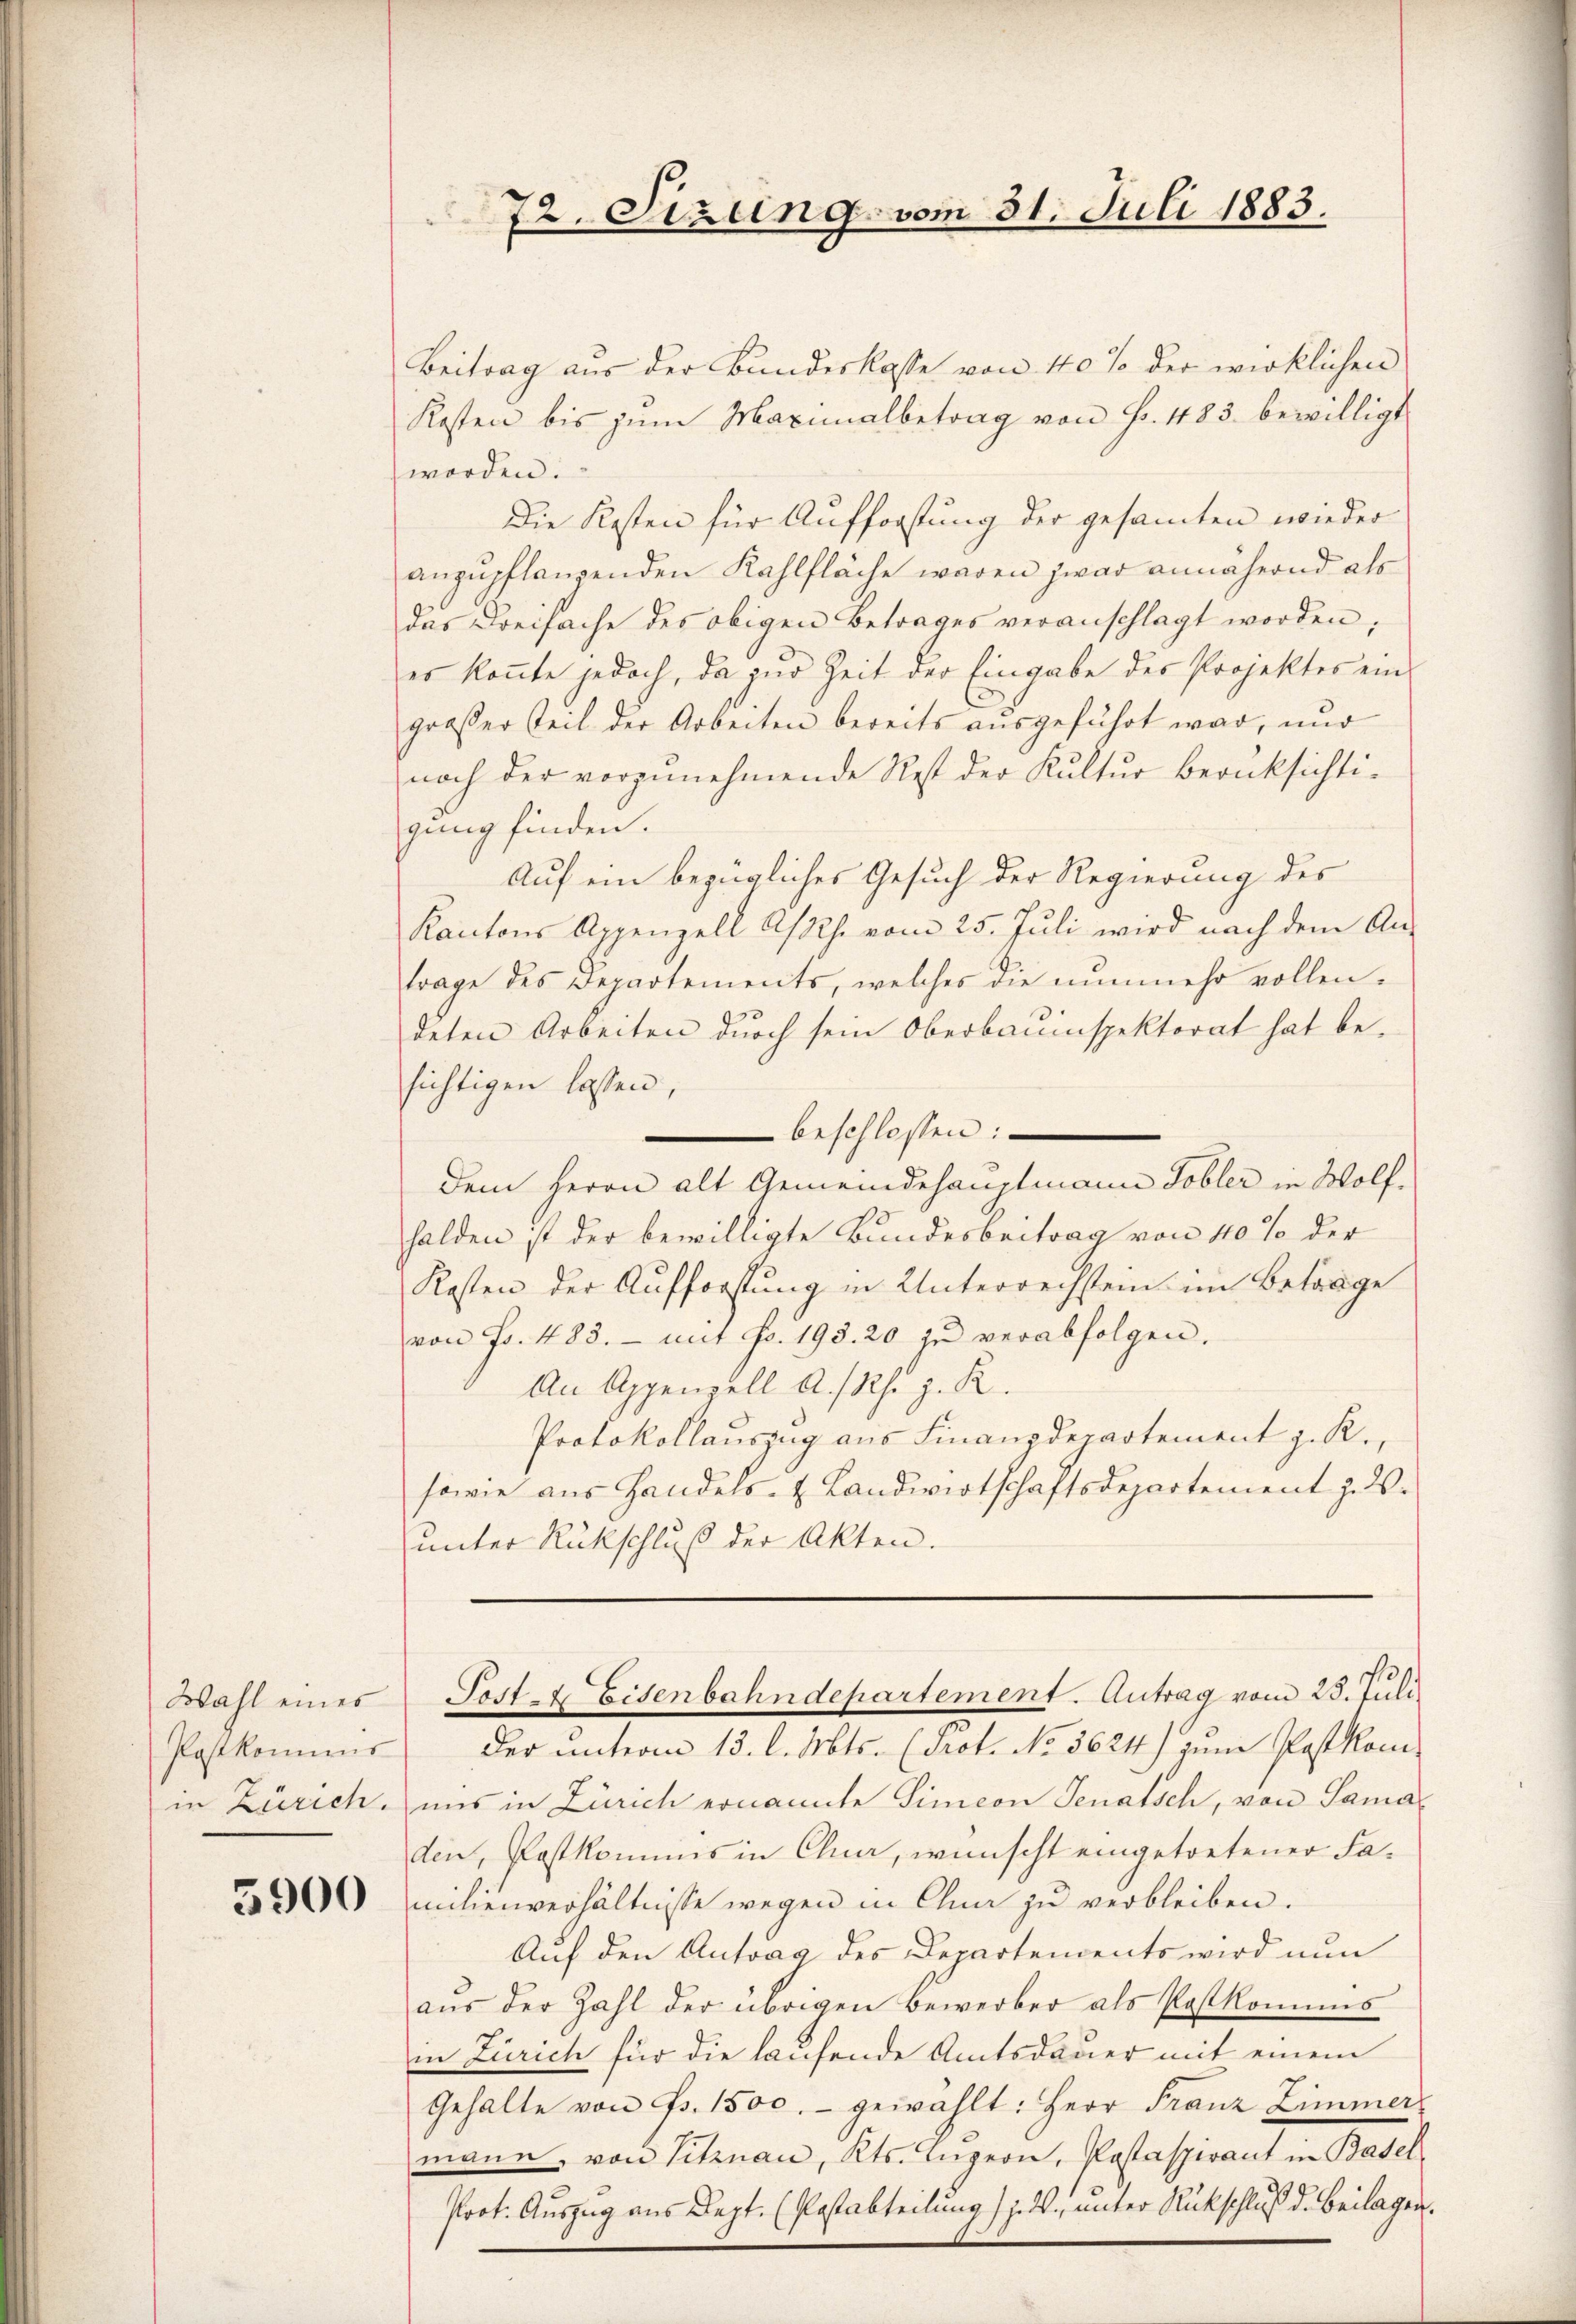
Wahl eines
Postkommis

5900

Beitrag aus der Bundeskasse von 40% der wirklichen
Kosten bis zum Maximalbetrag von Fr. 483. bewilligt
worden.
Die Kosten für Aufforstung der gesamten wieder
anzupflanzenden Kahlfläche waren zwar annähernd als
das Kreisache des obigen Betrages veranschlagt worden;
es konnte jedoch, da zur Zeit der Eingabe des Projektes ein
großer Teil der Arbeiten bereits aŭsgeführt war, nur
noch der vorzunehmende Rest der Kultur berüksichtigung finden.
Auf ein bezügliches Gesuch der Regierung des
Kantons Appenzell A/Rh. vom 25. Juli wird nach dem An-
trage des Departements, welches die nunmehr vollendeten Arbeiten durch sein Oberbauinspektorat hat be-
sichtigen lassen,
beschlossen:
dem Herrn alt Gemeindehauptmann Tobler in Wolfhalden ist der bewilligte Bundesbeitrag von 40% der
Kosten der Aufforstung in Unterrechstein im Betrage
von Fr. 483. - mit Fr. 193. 20 zu verabfolgen.
An Appenzell A.-Rh. z. R.
Protokollauszug aus Finanzdepartement z. R.,
sowie aus Handels- & Landwirtschaftsdepartement z. ds.
unter Rückschluß der Akten.

72. Sizung vom 31. Juli 1883.

Post- & Eisenbahndepartement. Antrag vom 28. Juli

Der unterm 13. l. Mts. (drot. No 3624) zum Postkomin Zürich, uns in Zürich ernannte Simeon Senatsch, von Samaden, Postkommis in Clue, wünscht eingetretener Familienverhältnisse wegen in Cha zu verbleiben.
Auf den Antrag des Departendents wird nun
aus der Zahl der übrigen Bewerber als Postkomis
in Zürich für die laufende Amtsdauer mit einem
Gehalte von Fr. 1500.- gewählt: Herr Franz Zimmer
mann, von Vitznau, Kts. Lŭzern, Pastaspirant in Basel
Prot. Auszug aus Sept. (Passabteilung /. ds., unter Rückschluß d. Beilagen.